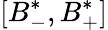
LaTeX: [B_{-}^{*},B_{+}^{*}]